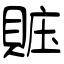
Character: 賘